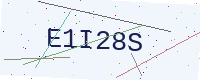
Text: E1I28S